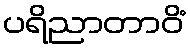
ပရိညာတာဝိံ